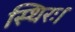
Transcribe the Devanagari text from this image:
स्थिरः।